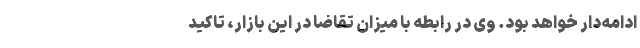
ادامه‌دار خواهد بود. وی در رابطه با میزان تقاضا در این بازار، تاکید